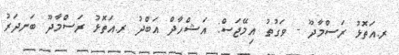
ރ.އަތޮޅު ރަސްމާދޫ - ވަގުތު އިމޭޖަސް: އަޝްހާދް އަބްދު ރ.އަތޮޅު ރަސްމާދޫ ބަނދަރު